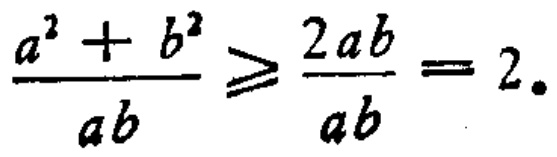
$\frac{a^{2}+b^{2}}{ab}\geqslant\frac{2ab}{ab}=2.$